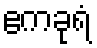
ဧကခုရံ